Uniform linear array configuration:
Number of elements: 64
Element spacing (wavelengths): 0.75
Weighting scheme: binomial
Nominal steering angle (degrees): -15
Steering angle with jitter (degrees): -14.524
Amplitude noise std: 0.05
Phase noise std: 0.05

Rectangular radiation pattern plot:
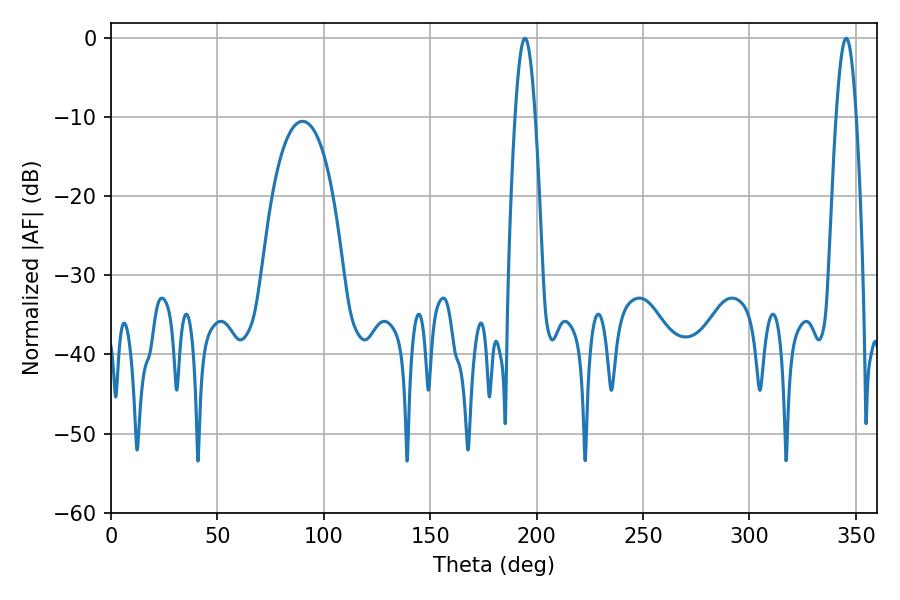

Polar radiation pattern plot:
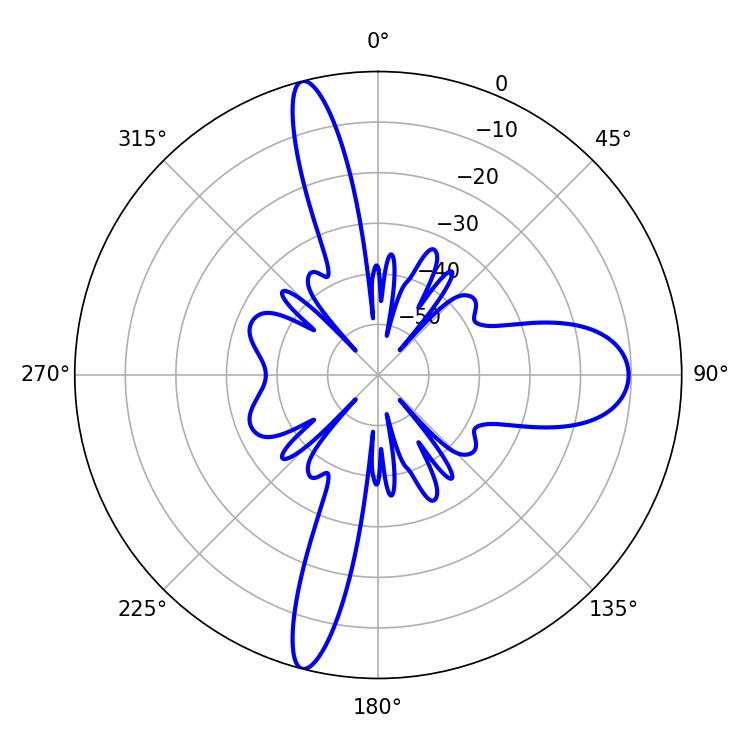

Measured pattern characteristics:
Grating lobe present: TRUE
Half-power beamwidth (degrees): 5.04
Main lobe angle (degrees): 345.42